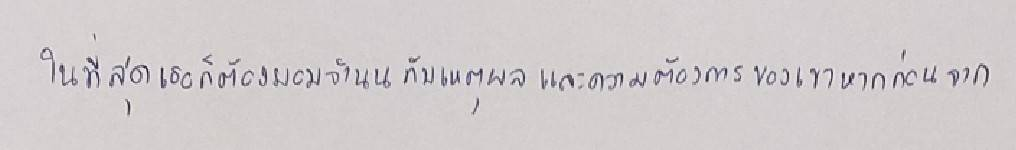
ในที่สุดเธอก็ต้องยอมจำนนกับเหตุผลและความต้องการของเขาหากก่อนจาก